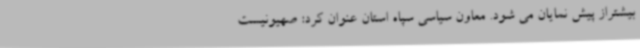
بیشتراز پیش نمایان می شود. معاون سیاسی سپاه استان عنوان کرد: صهیونیست